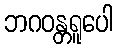
ဘဂဝန္တရူပေါ